Veterinary [1916] -
Year: 1916
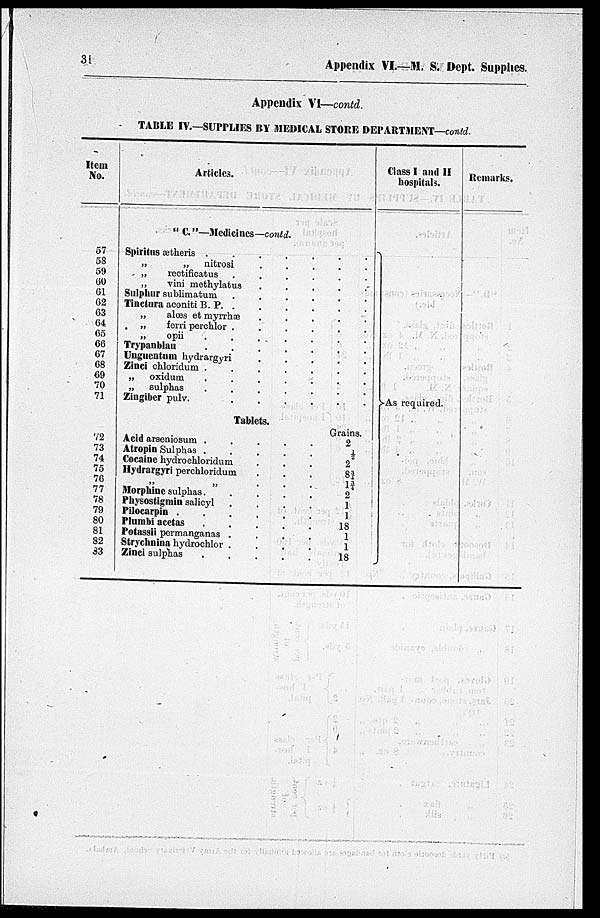
31
Appendix VI.—M. S. Dept. Supplies.
Appendix VI—contd.
TABLE IV.—SUPPLIES BY MEDICAL STORE DEPARTMENT—contd.
Item
No.
57
58
59
60
61
62
63
64
65
66
67
68
69
70
71
72
73
74
75
76
77
78
79
80
81
82
83
Articles.
" C."—Medicines—contd.
Spiritus
ætheris
.
.
.
.
.
.
.
„
„ nitrosi
.
.
.
.
.
„
rectificatus
.
.
.
.
.
.
„
vini methylatus
.
.
.
.
.
Sulphur sublimatum
.
.
.
.
.
Tinctura aconiti B. P. . . . . .
„
alœs et myrrkæ . . . . .
„
ferri perchlor . . . . . .
„
opii . . . . . .
Trypanblau . . . . . .
Unguentum hydrargyri. . . . .
Zinci chloridum . . . . . .
„
oxidum . . . . . .
„
sulphas . . . . . .
Zingiber pulv. . . . . .
Tablets.
Grains.
Acid arseniosum .
.
.
.
.
2
Atropin Sulphas
.
.
.
.
.
½
Cocaine
hydrochloridum
.
.
.
2
Hydrargyri perchloridum
.
.
.
8¾
„ „ . . . 1¾
Morphine sulphas.
.
.
.
.
.
2
Physostigmin salicyl
.
.
.
.
.
1
Pilocarpin .
.
.
.
.
.
1
Plumbi acetas
.
.
.
.
.
.18
Potassii permanganas
.
.
.
.
1
Strychnina hydrochlor .
.
.
.
.
1
Zinci sulphas
.
.
.
.
.
.
18
Class I and II
hospitals.
}As required.
Remarks.